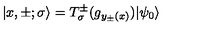
| x , \pm ; \sigma \rangle = T _ { \sigma } ^ { \pm } ( g _ { y _ { \pm } ( x ) } ) | \psi _ { 0 } \rangle